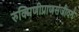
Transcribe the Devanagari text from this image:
रुक्मिणीप्राणसंजीवनं